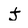
Character: J